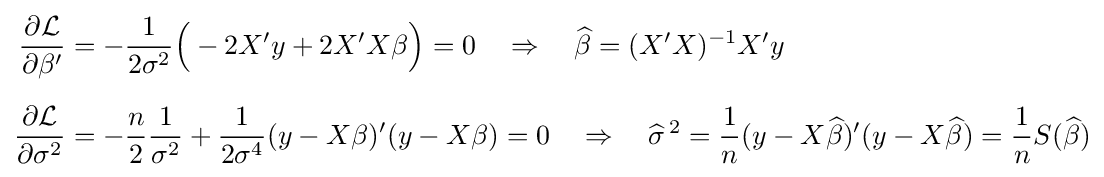
{\begin{aligned}{\frac {\partial {\mathcal {L}}}{\partial \beta '}}&=-{\frac {1}{2\sigma ^{2}}}{\Big (}-2X'y+2X'X\beta {\Big )}=0\quad \Rightarrow \quad {\widehat {\beta }}=(X'X)^{-1}X'y\\[6pt]{\frac {\partial {\mathcal {L}}}{\partial \sigma ^{2}}}&=-{\frac {n}{2}}{\frac {1}{\sigma ^{2}}}+{\frac {1}{2\sigma ^{4}}}(y-X\beta )'(y-X\beta )=0\quad \Rightarrow \quad {\widehat {\sigma }}^{\,2}={\frac {1}{n}}(y-X{\widehat {\beta }})'(y-X{\widehat {\beta }})={\frac {1}{n}}S({\widehat {\beta }})\end{aligned}}